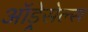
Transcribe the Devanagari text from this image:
ऑड्रेसेल्स